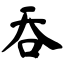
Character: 吞